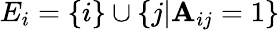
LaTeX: E_{i}=\{ i\} \cup\{ j|\mathbf{A}_{ij}=1\}